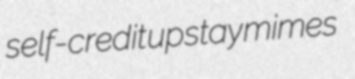
self-credit upstay mimes